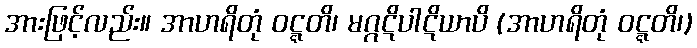
အားဖြင့်လည်း။ အာဟရိတုံ ဝဋ္ဋတိ၊ မဂ္ဂဋိပါဋိယာပိ (အာဟရိတုံ ဝဋ္ဋတိ၊)